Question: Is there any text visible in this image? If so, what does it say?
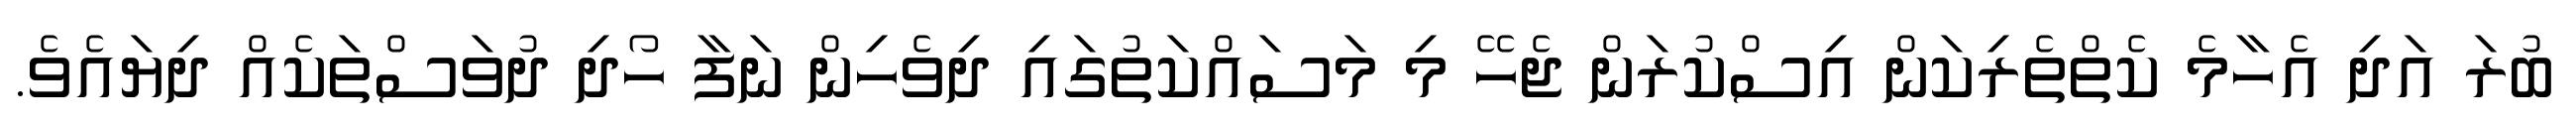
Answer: ބުރަ އަދި އެހާމެ ކެތްތެރިކަން އިސްކުރަން ޖެހޭ މި މަސައްކަތުގައި ދިވެހިން ނަފާ ހޯދި ދުވަސްތަކެއް ދިޔައެވެ.